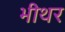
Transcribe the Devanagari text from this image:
भीथर